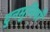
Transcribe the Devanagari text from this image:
टुनमुनियाँ